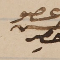
عضو حسن حصِر